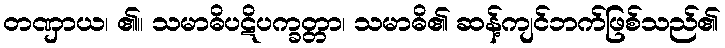
တဏှာယ၊ ၏။ သမာဓိပဋိပက္ခတ္တာ၊ သမာဓိ၏ ဆန့်ကျင်ဘက်ဖြစ်သည်၏